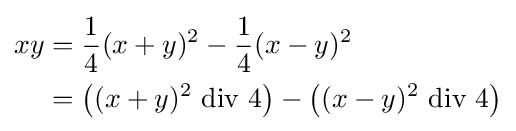
{\begin{aligned}xy&={\frac {1}{4}}(x+y)^{2}-{\frac {1}{4}}(x-y)^{2}\\&=\left((x+y)^{2}{\text{ div }}4\right)-\left((x-y)^{2}{\text{ div }}4\right)\end{aligned}}